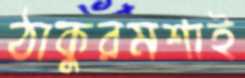
ঠাকুরমশাই